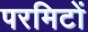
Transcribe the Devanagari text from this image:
परमिटों